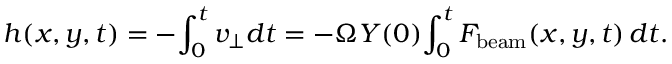
h ( x , y , t ) = - \! \int _ { 0 } ^ { t } v _ { \perp } d t = - \Omega Y ( 0 ) \! \int _ { 0 } ^ { t } F _ { \mathrm { b e a m } } ( x , y , t ) \, d t .